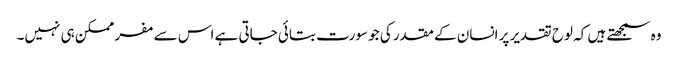
وہ سمجھتے ہیں کہ لوح تقدیر پر انسان کے مقدر کی جو سورت بتائی جاتی ہے اس سے مفر ممکن ہی نہیں۔